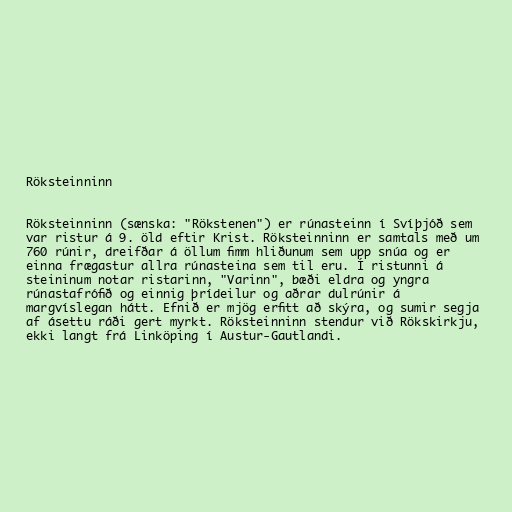
Röksteinninn

Röksteinninn (sænska: "Rökstenen") er rúnasteinn í Svíþjóð sem
var ristur á 9. öld eftir Krist. Röksteinninn er samtals með um
760 rúnir, dreifðar á öllum fimm hliðunum sem upp snúa og er
einna frægastur allra rúnasteina sem til eru. Í ristunni á
steininum notar ristarinn, "Varinn", bæði eldra og yngra
rúnastafrófið og einnig þrídeilur og aðrar dulrúnir á
margvíslegan hátt. Efnið er mjög erfitt að skýra, og sumir segja
af ásettu ráði gert myrkt. Röksteinninn stendur við Rökskirkju,
ekki langt frá Linköping í Austur-Gautlandi.